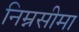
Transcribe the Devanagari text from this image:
निम्नसीमा